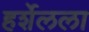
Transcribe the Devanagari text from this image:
हर्शेलला